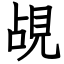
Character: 覘